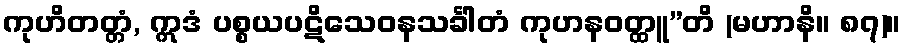
ကုဟိတတ္တံ, ဣဒံ ပစ္စယပဋိသေဝနသင်္ခါတံ ကုဟနဝတ္ထူ”တိ (မဟာနိ။ ၈၇)။